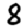
Digit: 8